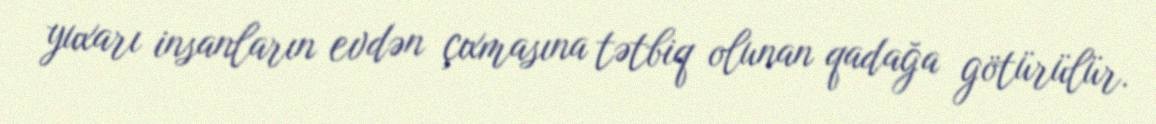
yuxarı insanların evdən çıxmasına tətbiq olunan qadağa götürülür.